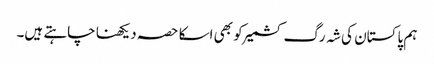
ہم پاکستان کی شہ رگ کشمیر کو بھی اسکا حصہ دیکھنا چاہتے ہیں۔